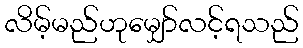
လိမ့်မည်ဟုမျှော်လင့်ရသည်